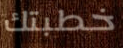
خطبتك